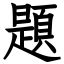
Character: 題